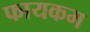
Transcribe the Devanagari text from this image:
फायकम